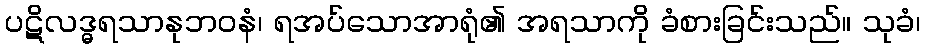
ပဋိလဒ္ဓရသာနုဘဝနံ၊ ရအပ်သောအာရုံ၏ အရသာကို ခံစားခြင်းသည်။ သုခံ၊